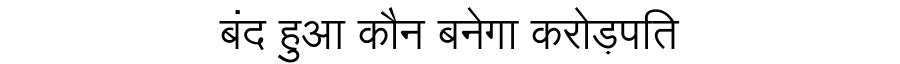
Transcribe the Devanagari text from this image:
बंद हुआ कौन बनेगा करोड़पति